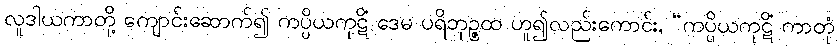
လူဒါယကာတို့ ကျောင်းဆောက်၍ ကပ္ပိယကုဋိံ ဒေမ ပရိဘုဉ္ဇထ ဟူ၍လည်းကောင်း, “ကပ္ပိယကုဋိံ ကာတုံ